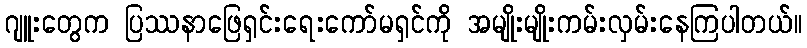
ဂျူးတွေက ပြဿနာဖြေရှင်းရေးကော်မရှင်ကို အမျိုးမျိုးကမ်းလှမ်းနေကြပါတယ်။